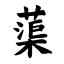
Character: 蕖